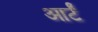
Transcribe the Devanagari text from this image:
आर्टं